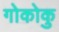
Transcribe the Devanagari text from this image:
गोकोकु